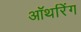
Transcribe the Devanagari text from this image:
ऑथरिंग